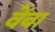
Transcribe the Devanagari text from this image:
वेंबा